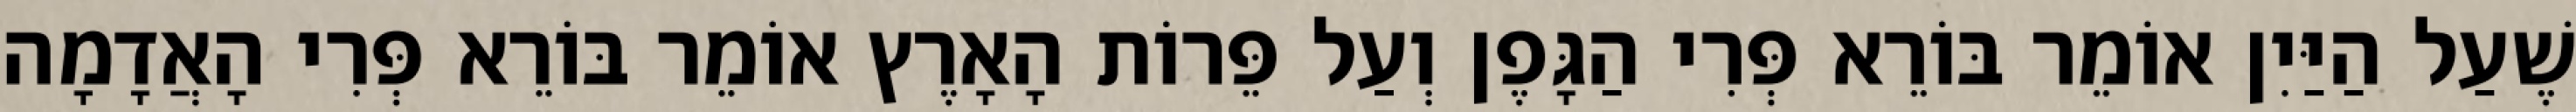
שֶׁעַל הַיַּיִן אוֹמֵר בּוֹרֵא פְּרִי הַגָּפֶן וְעַל פֵּרוֹת הָאָרֶץ אוֹמֵר בּוֹרֵא פְּרִי הָאֲדָמָה